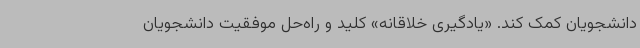
دانشجویان کمک کند. «یادگیری خلاقانه» کلید و راه‌حل موفقیت دانشجویان